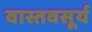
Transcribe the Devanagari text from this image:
वास्तवसूर्य